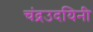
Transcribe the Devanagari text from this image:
चंद्रउदयिनी